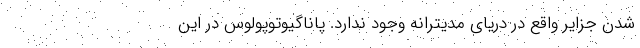
شدن جزایر واقع در دریای مدیترانه وجود ندارد. پاناگیوتوپولوس در این